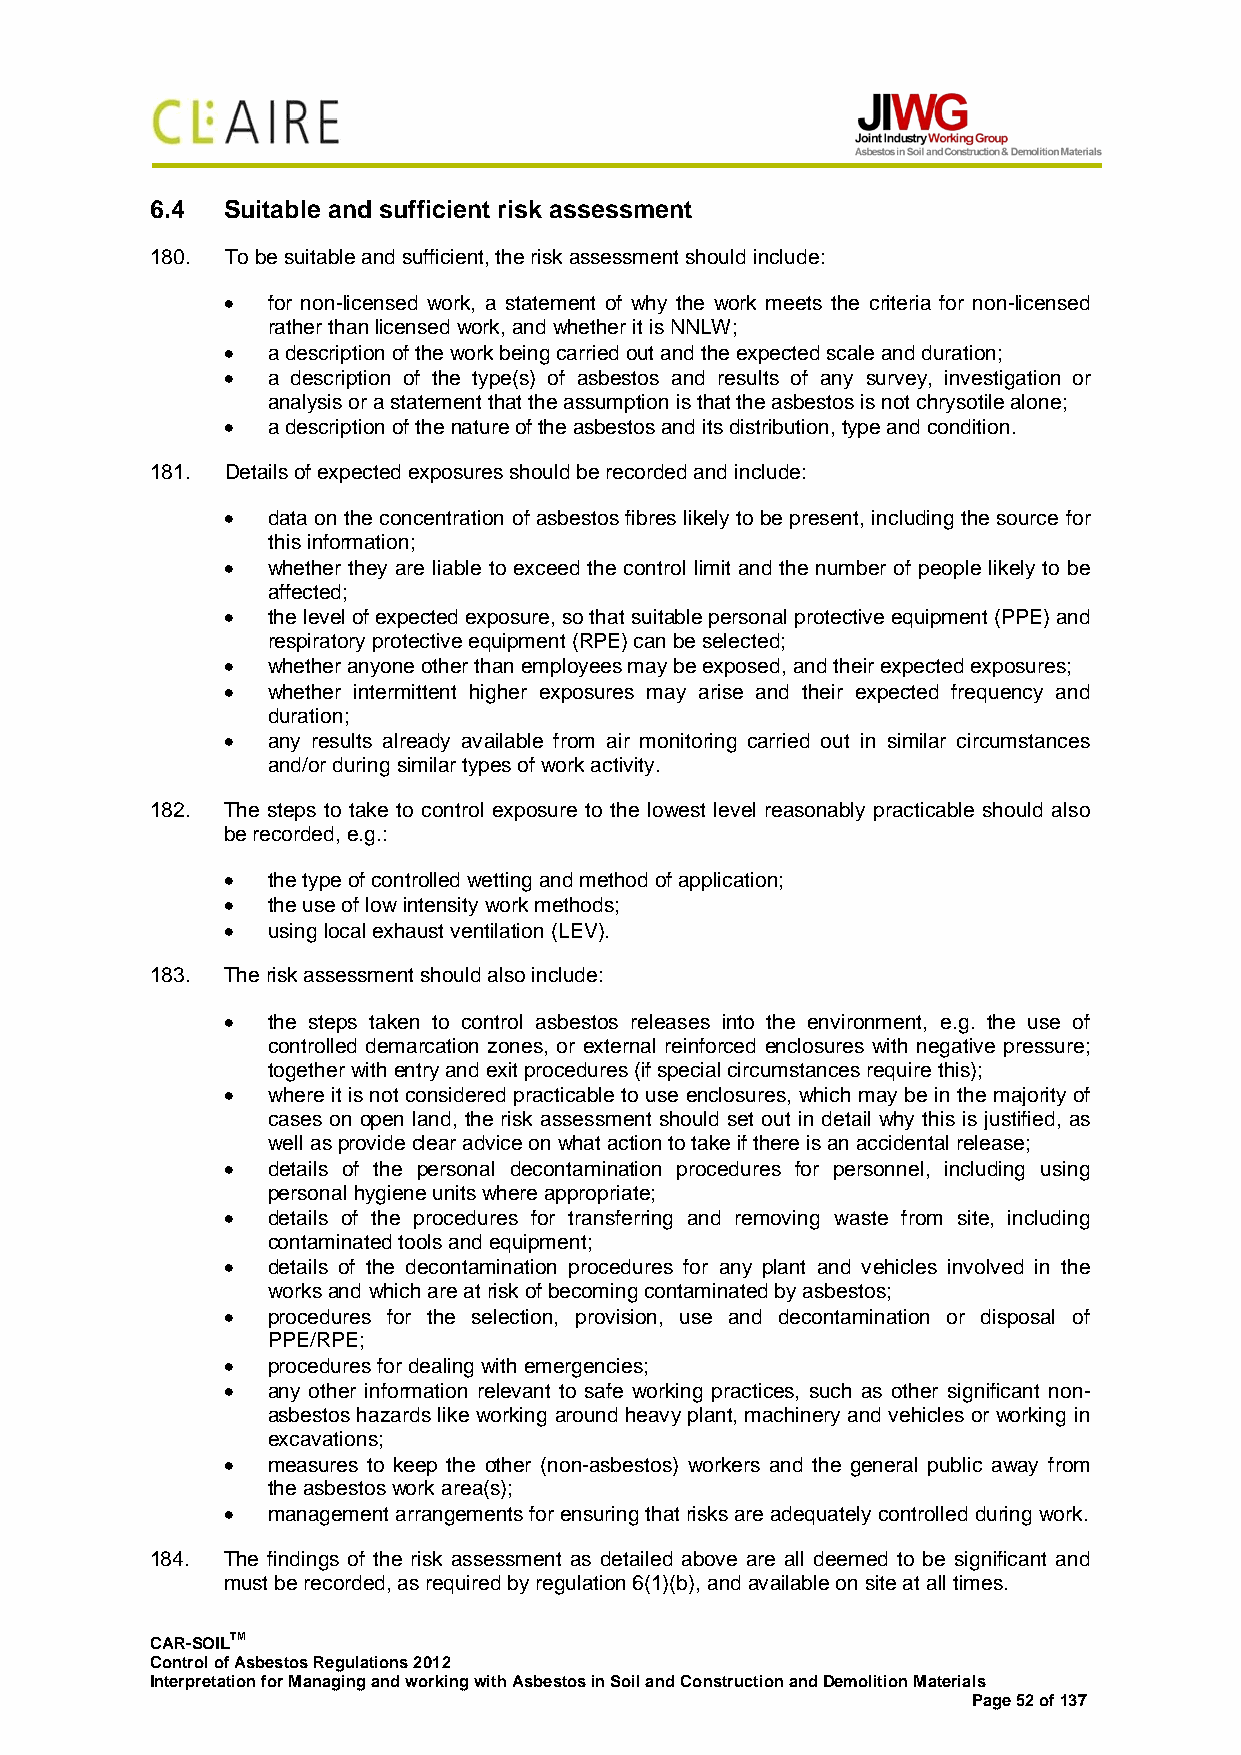
6.4  Suitable and sufficient risk assessment
 180. To be suitable and sufficient, the risk assessment should include:
 •  for non-licensed work, a statement of why the work meets the criteria for non-licensed
 rather than licensed work, and whether it is NNLW;
 •  a description of the work being carried out and the expected scale and duration;
 •  a description of the type(s) of asbestos and results of any survey, investigation or
 analysis or a statement that the assumption is that the asbestos is not chrysotile alone;
 •  a description of the nature of the asbestos and its distribution, type and condition.
 181. Details of expected exposures should be recorded and include:
 •  data on the concentration of asbestos fibres likely to be present, including the source for
 this information;
 •  whether they are liable to exceed the control limit and the number of people likely to be
 affected;
 •  the level of expected exposure, so that suitable personal protective equipment (PPE) and
 respiratory protective equipment (RPE) can be selected;
 •  whether anyone other than employees may be exposed, and their expected exposures;
 •  whether intermittent higher exposures may arise and their expected frequency and
 duration;
 •  any results already available from air monitoring carried out in similar circumstances
 and/or during similar types of work activity.
 182. The steps to take to control exposure to the lowest level reasonably practicable should also
 be recorded, e.g.:
 •  the type of controlled wetting and method of application;
 •  the use of low intensity work methods;
 •  using local exhaust ventilation (LEV).
 183. The risk assessment should also include:
 •  the steps taken to control asbestos releases into the environment, e.g. the use of
 controlled demarcation zones, or external reinforced enclosures with negative pressure;
 together with entry and exit procedures (if special circumstances require this);
 •  where it is not considered practicable to use enclosures, which may be in the majority of
 cases on open land, the risk assessment should set out in detail why this is justified, as
 well as provide clear advice on what action to take if there is an accidental release;
 •  details of the personal decontamination procedures for personnel, including using
 personal hygiene units where appropriate;
 •  details of the procedures for transferring and removing waste from site, including
 contaminated tools and equipment;
 •  details of the decontamination procedures for any plant and vehicles involved in the
 works and which are at risk of becoming contaminated by asbestos;
 •  procedures for the selection, provision, use and decontamination or disposal of
 PPE/RPE;
 •  procedures for dealing with emergencies;
 •  any other information relevant to safe working practices, such as other significant non-
 asbestos hazards like working around heavy plant, machinery and vehicles or working in
 excavations;
 •  measures to keep the other (non-asbestos) workers and the general public away from
 the asbestos work area(s);
 •  management arrangements for ensuring that risks are adequately controlled during work.
 184. The findings of the risk assessment as detailed above are all deemed to be significant and
 must be recorded, as required by regulation 6(1)(b), and available on site at all times.
 CAR-SOILTM
 Control of Asbestos Regulations 2012
 Interpretation for Managing and working with Asbestos in Soil and Construction and Demolition Materials
 Page 52 of 137